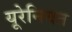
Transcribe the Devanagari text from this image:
यूरेनियत